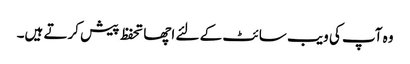
وہ آپ کی ویب سائٹ کے لئے اچھا تحفظ پیش کرتے ہیں۔